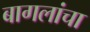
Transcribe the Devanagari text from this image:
बागलांचा